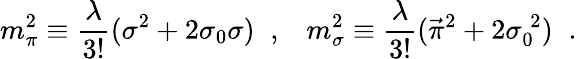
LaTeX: m_{\pi}^{2}\equiv\frac{\lambda}{3!}(\sigma^{2}+2\sigma_{0}\sigma)\; \; ,\; \; \; m_{\sigma}^{2}\equiv\frac{\lambda}{3!}(\vec{\pi}^{2}+2\sigma_{0}^{\; 2})\; \; .